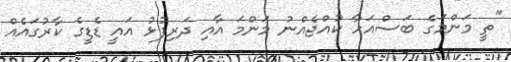
"ތީ މަންމަގެ ބަސްއަހާ ކުއްޖެއްނު މަންމަ އާއި ދަރިފުޅު އައީ ޑެޑީގެ ކާރުގައެއް